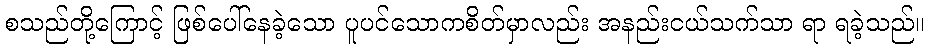
စသည်တို့ကြောင့် ဖြစ်ပေါ်နေခဲ့သော ပူပင်သောကစိတ်မှာလည်း အနည်းငယ်သက်သာ ရာ ရခဲ့သည်။